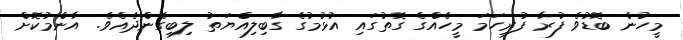
މީހުން ބޮޑުވެ ފުރާ ފުރިހަމަ މީހެއްގެ ގޮތުގައި އުޅުމުގެ ގާބިލިއްޔަތު ލިބިގެންދެއެވެ. އާންމުކޮށް